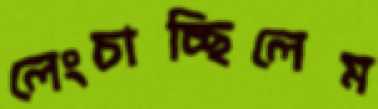
লেংচাচ্ছিলেম